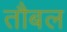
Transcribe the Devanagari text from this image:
तौबल